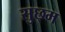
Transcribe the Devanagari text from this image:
सुछ्म